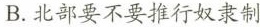
B.北部要不要推行奴隶制